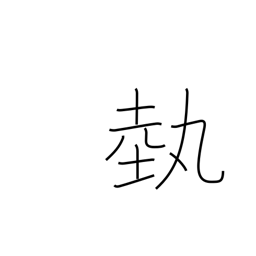
Meaning: art